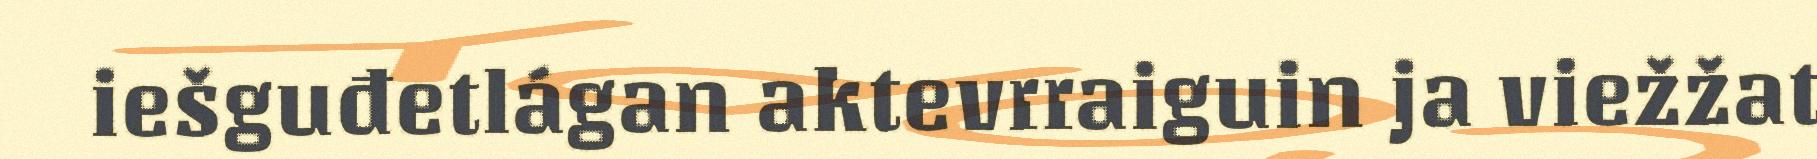
iešguđetlágan aktevrraiguin ja viežžat